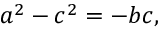
a ^ { 2 } - c ^ { 2 } = - b c ,